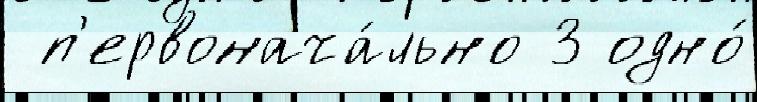
 п'ервонача́льно 3 одно́